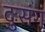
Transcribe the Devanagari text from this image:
दुःसंगं